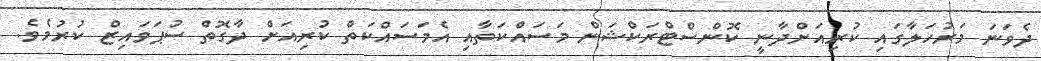
ދެވަނަ މަރުހަލާގައި ކުރިއަށްދާނީ ކޮންސްޓްރަކްޝަން މަސައްކަތާއި އެމަސައްކަތް ކުރިއަށް ދާގޮތް ސުޕަވައިޒް ކުރުމެވެ.